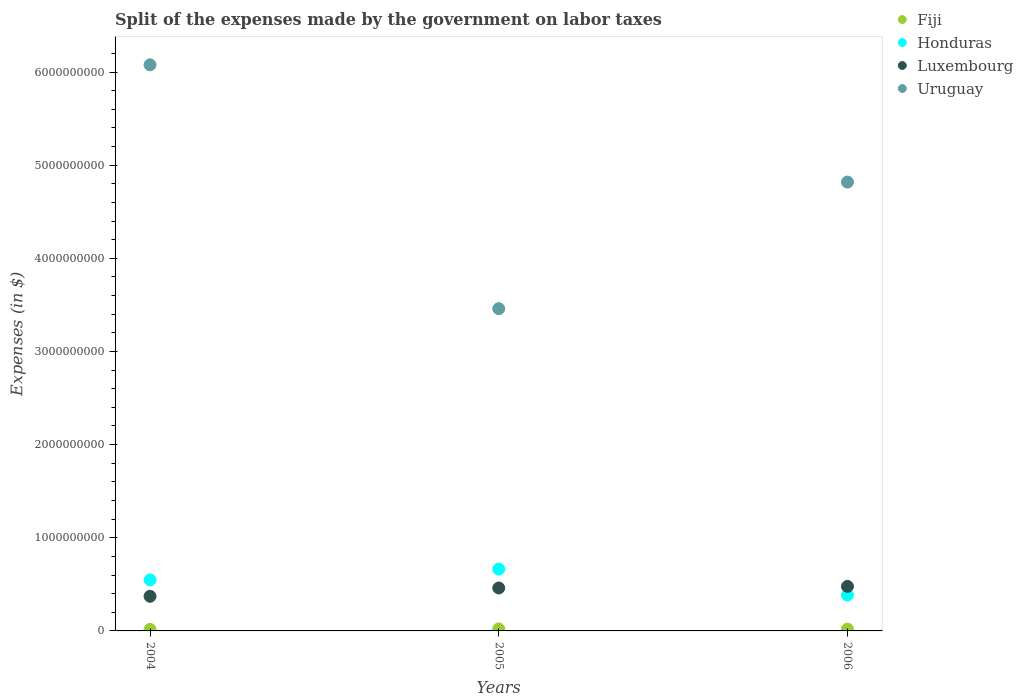
| Years | Fiji | Honduras | Luxembourg | Uruguay |
 | --- | --- | --- | --- | --- |
 | 2004 | 1.61e+07 | 5.48e+08 | 3.72e+08 | 6.08e+09 |
 | 2005 | 2.17e+07 | 6.63e+08 | 4.61e+08 | 3.46e+09 |
 | 2006 | 1.92e+07 | 3.85e+08 | 4.78e+08 | 4.82e+09 |